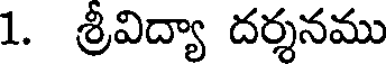
1. శ్రీవిద్యా దర్శనము